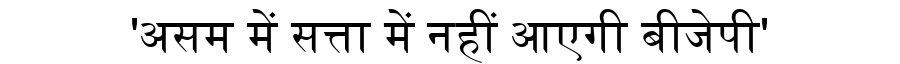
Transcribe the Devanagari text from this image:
'असम में सत्ता में नहीं आएगी बीजेपी'